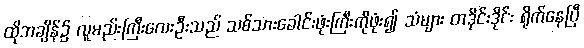
ထိုအချိန်၌ လူမည်းကြီးလေးဦးသည် သစ်သားခေါင်းဖုံးကြီးကိုဖုံး၍ သံများ တဒိုင်းဒိုင်း ရိုက်နေပြီ